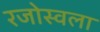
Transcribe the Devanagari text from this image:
रजोस्वला